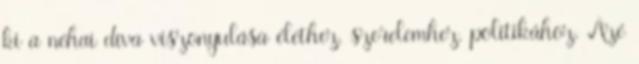
ki a néhai díva viszonyulása élethez, szerelemhez, politikához. Azé